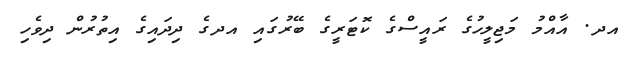
އދ. އާއްމު މަޖިލީހުގެ ރައީސްގެ ކޮޓަރީގެ ބޭރުގައި އދގެ ދިދައިގެ އިތުރުން ދިވެހި